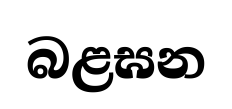
බළඝන